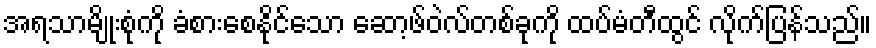
အရသာမျိုးစုံကို ခံစားစေနိုင်သော ဆော့ဖ်ဝဲလ်တစ်ခုကို ထပ်မံတီထွင် လိုက်ပြန်သည်။